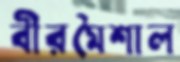
বীরমৈশাল